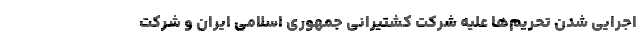
اجرایی شدن تحریم‌ها علیه شرکت کشتیرانی جمهوری اسلامی ایران و شرکت